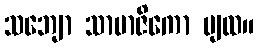
သဘျော သာမာဇိကော ပျထ။